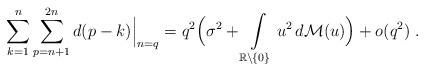
LaTeX: \begin{align*}\sum\limits_{k=1}^n \sum\limits_{p=n+1}^{2n} d(p-k)\Big\vert_{n=q} = q^2\Bigl(\sigma^2 + \int\limits_{\mathbb{R}\setminus \{0\}} u^2 \,d\mathcal{M}(u)\Bigr)+o(q^2)\;.\end{align*}